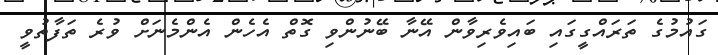
ގައުމުގެ ތަރައްގީގައި ބައިވެރިވާން އޭނާ ބޭނުންވި ގޮތް އެހެން އެންމެނަށް ވުރެ ތަފާތުވީ